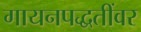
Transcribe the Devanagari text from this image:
गायनपद्धतींवर